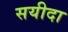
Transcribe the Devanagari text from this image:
सयीदा